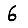
Digit: 6